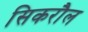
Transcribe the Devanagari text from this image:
सिकरौल